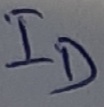
Text: ID